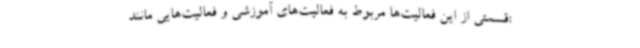
:قسمتی از این فعالیت‌ها مربوط به فعالیت‌های آموزشی و فعالیت‌هایی مانند